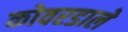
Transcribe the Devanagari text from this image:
कोवरडाले